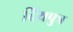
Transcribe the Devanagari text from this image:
दियपुत्र